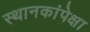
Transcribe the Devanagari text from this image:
स्थानकांपेक्षा